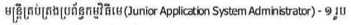
មន្រ្តីគ្រប់គ្រងប្រព័ន្ធកម្មវិធីមេ(Junior Application System Adminstrator) - ១ រូប